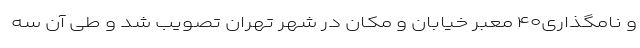
و نامگذاری۴۰ معبر خیابان و مکان در شهر تهران تصویب شد و طی آن سه